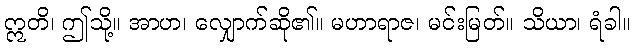
ဣတိ၊ ဤသို့။ အာဟ၊ လျှောက်ဆို၏။ မဟာရာဇ၊ မင်းမြတ်။ သိယာ၊ ရံခါ။